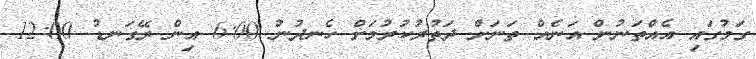
ގަމުގައި އެއްތަނުން އަނެއް ތަަނަށް ދަތުރުކުރުމަށް ހެނދުނު 6:00 އިން ރޭގަނޑު 12:00